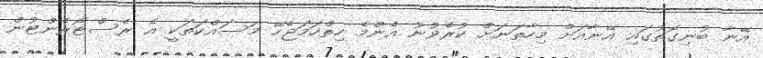
އޭނާ ބުނިގޮތުގައި އޭނާއަށް މިހާތަނަށް ކުރެވުނު އެންމެ ހިތްހަމަޖެހޭ މަސައްކަތަކީ އެ ރެސްޓޯރެންޓުން